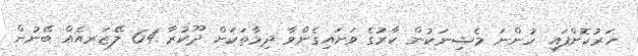
ހަރުކޮށްފައި ހުންނަ މެޝިނަކުން ކާރުގެ ވަށައިގެންވާ ދިމާތަކަށް ދޫކުރާ 64 ލޭޒަރއެއް ބޭނުން